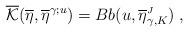
LaTeX: \begin{align*}\overline{\mathcal{K}}(\overline{\eta}, \overline{\eta}^{\gamma;u}) = B b(u, \overline{\eta}^{\mbox{\tiny $J$}}_{\gamma,K})\;,\end{align*}